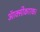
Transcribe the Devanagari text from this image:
ऑक्सीकारक।